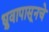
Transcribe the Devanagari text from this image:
ध्रुवापासूनचे